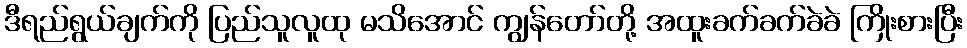
ဒီရည်ရွယ်ချက်ကို ပြည်သူလူထု မသိအောင် ကျွန်တော်တို့ အထူးခက်ခက်ခဲခဲ ကြိုးစားပြီး